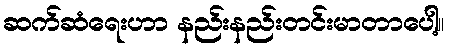
ဆက်ဆံရေးဟာ နည်းနည်းတင်းမာတာပေါ့။